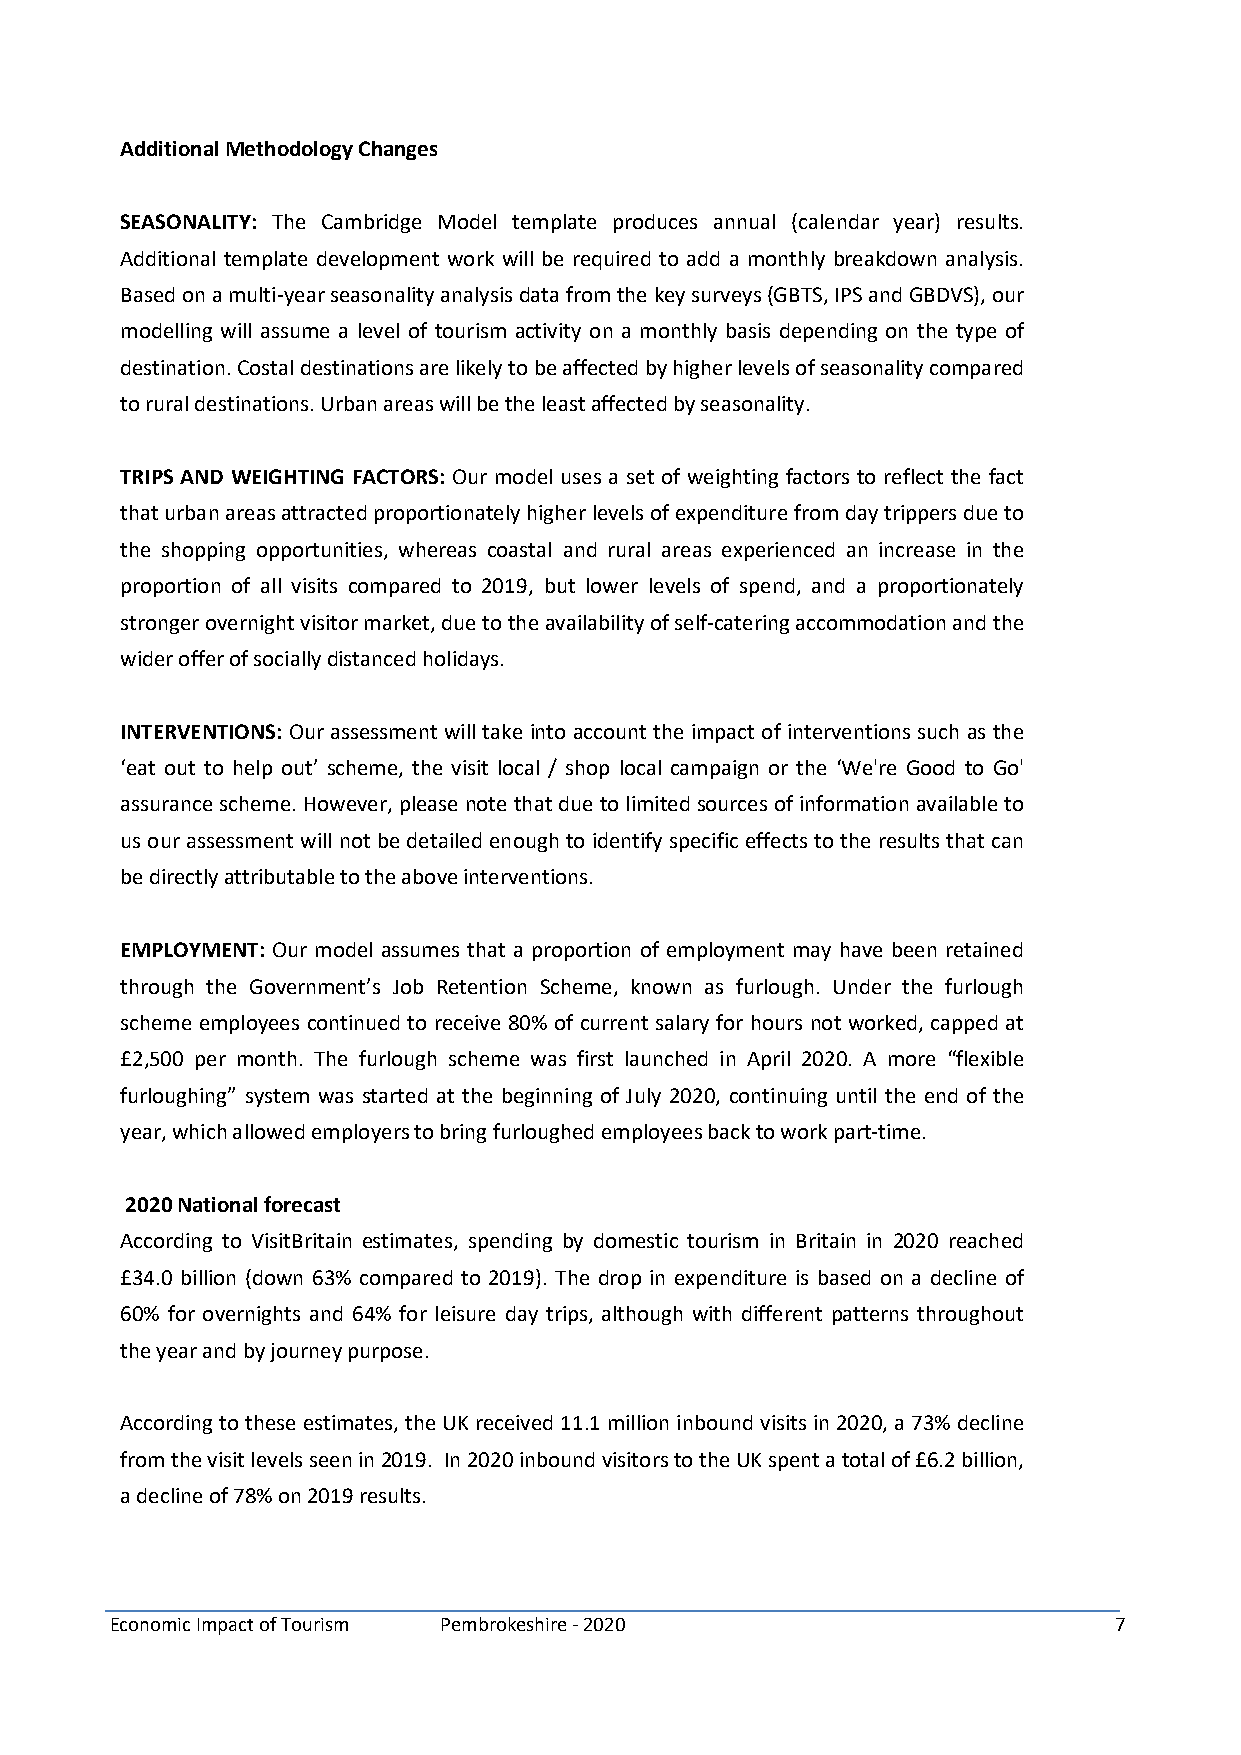
AdditionalMethodologyChanges
 SEASONALITY: The Cambridge Model template produces annual (calendar year) results.
 Additional template development work will be required to add a monthly breakdown analysis.
 Basedonamulti-yearseasonalityanalysisdatafromthekeysurveys(GBTS,IPSandGBDVS),our
 modelling will assume a level of tourism activity on a monthly basis depending on the type of
 destination.Costaldestinationsarelikelytobeaffectedbyhigherlevelsofseasonalitycompared
 toruraldestinations.Urbanareaswillbetheleastaffectedbyseasonality.
 TRIPS AND WEIGHTING FACTORS: Our model uses a set of weighting factors to reflect the fact
 thaturbanareasattractedproportionatelyhigherlevelsofexpenditurefromdaytrippersdueto
 the shopping opportunities, whereas coastal and rural areas experienced an increase in the
 proportion of all visits compared to 2019, but lower levels of spend, and a proportionately
 strongerovernightvisitormarket,duetotheavailabilityofself-cateringaccommodationandthe
 widerofferofsociallydistancedholidays.
 INTERVENTIONS: Ourassessment willtake into account the impact ofinterventions such as the
 ‘eat out to help out’ scheme, the visit local / shop local campaign or the ‘We're Good to Go'
 assurancescheme.However,pleasenotethatduetolimitedsourcesofinformationavailableto
 usourassessment willnotbe detailedenoughto identify specificeffects totheresultsthatcan
 bedirectlyattributabletotheaboveinterventions.
 EMPLOYMENT: Our model assumes that a proportion of employment may have been retained
 through the Government’s Job Retention Scheme, known as furlough. Under the furlough
 scheme employees continued to receive 80% of current salary for hours not worked,capped at
 £2,500 per month. The furlough scheme was first launched in April 2020. A more “flexible
 furloughing” system was started at the beginning of July 2020, continuing until the end of the
 year,whichallowedemployerstobringfurloughedemployeesbacktoworkpart-time.
 2020Nationalforecast
 According to VisitBritain estimates, spending by domestic tourism in Britain in 2020 reached
 £34.0 billion (down 63% compared to 2019). The drop in expenditure is based on a decline of
 60% for overnights and 64% for leisure day trips, although with different patterns throughout
 theyearandbyjourneypurpose.
 Accordingtotheseestimates,theUKreceived11.1millioninboundvisitsin2020,a73%decline
 fromthevisitlevelsseenin2019. In2020inboundvisitorstotheUKspentatotalof£6.2billion,
 adeclineof78%on2019results.
 Economic Impact of Tourism Pembrokeshire - 2020                    7